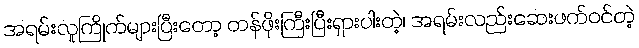
အရမ်းလူကြိုက်များပြီးတော့ တန်ဖိုးကြီးပြီးရှားပါးတဲ့၊ အရမ်းလည်းဆေးဖက်ဝင်တဲ့